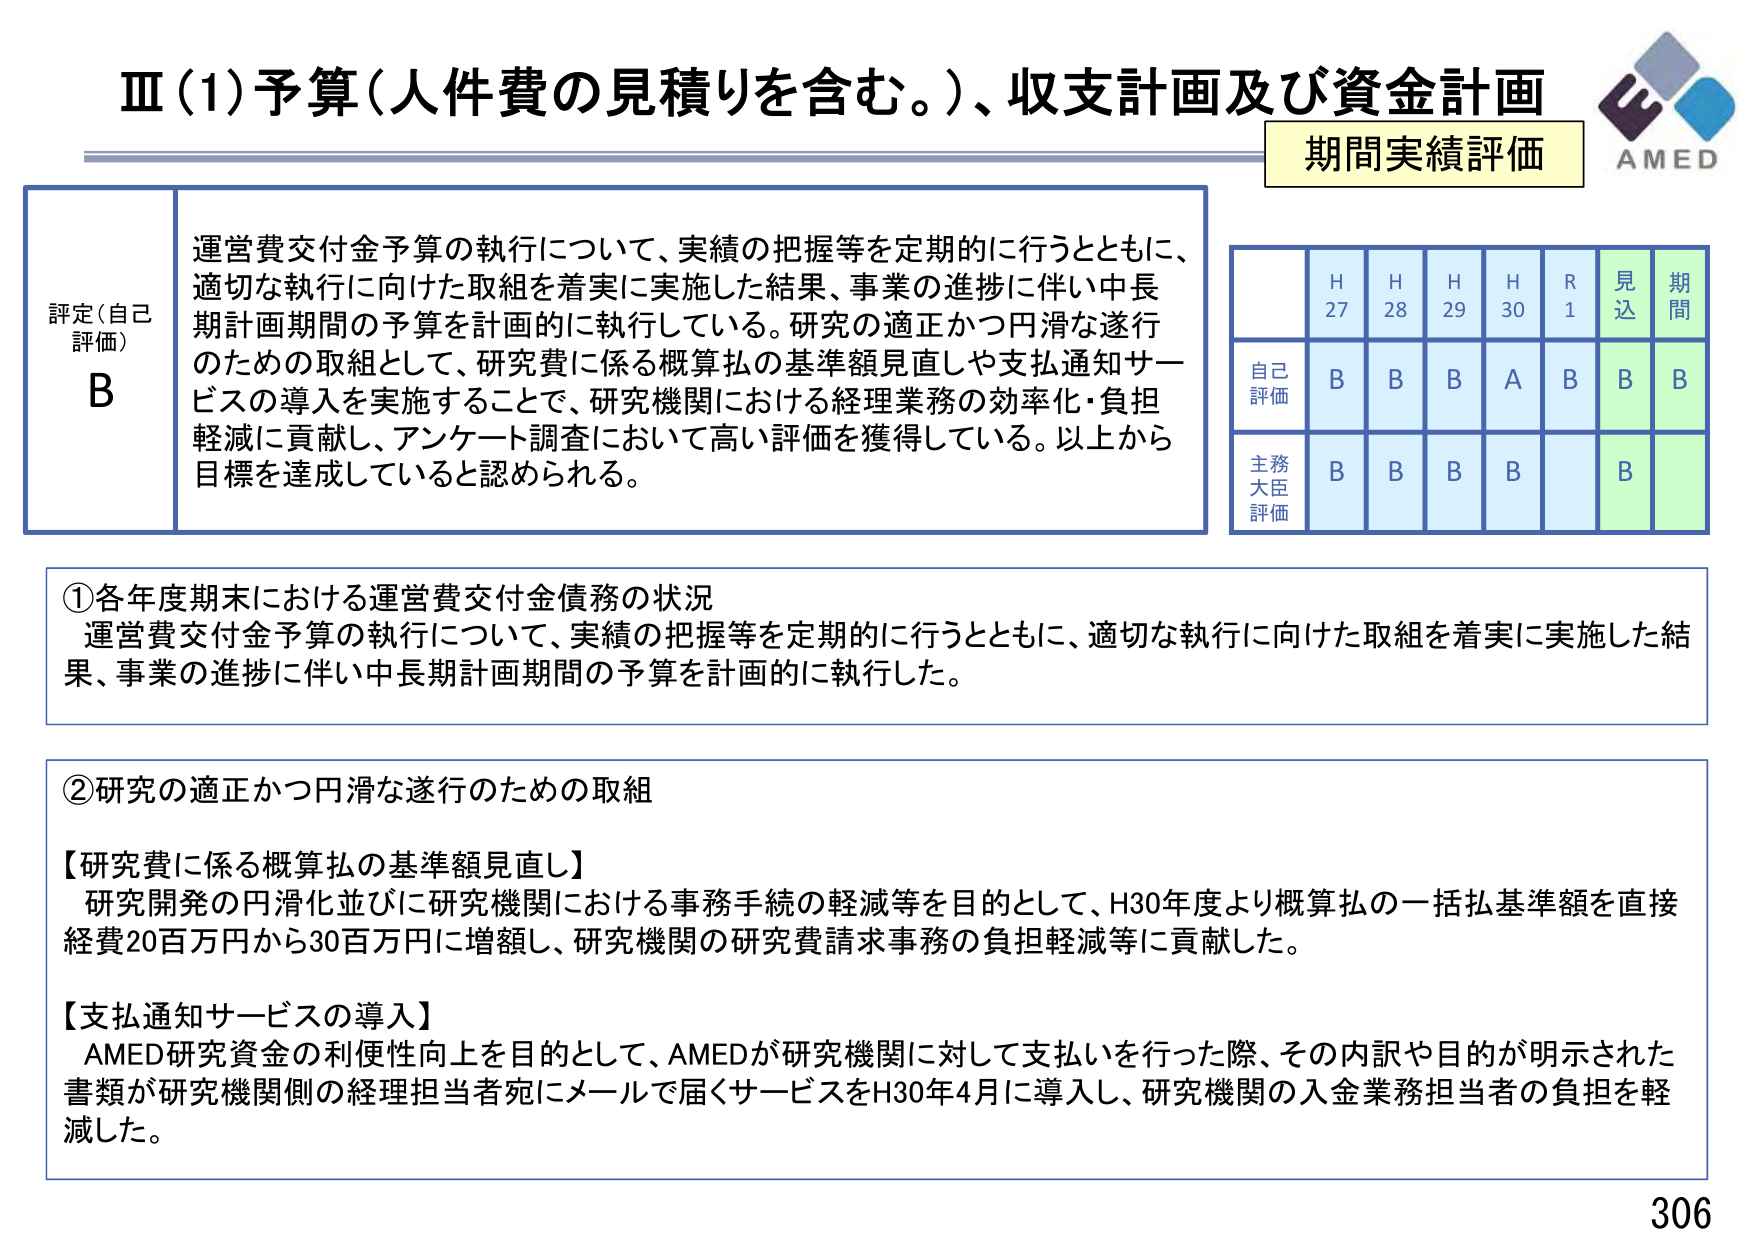
Ⅲ（1）予算（人件費の見積りを含む。）、収支計画及び資金計画
期間実績評価
AMED

評定（自己評価）
B
運営費交付金予算の執行について、実績の把握等を定期的に行うとともに、適切な執行に向けた取組を着実に実施した結果、事業の進捗に伴い中長期計画期間の予算を計画的に執行している。研究の適正かつ円滑な遂行のための取組として、研究費に係る概算払の基準額見直しや支払通知サービスの導入を実施することで、研究機関における経理業務の効率化・負担軽減に貢献し、アンケート調査において高い評価を獲得している。以上から目標を達成していると認められる。

H27　H28　H29　H30　R1　見込　期間
自己評価　B　B　B　A　B　B　B
主務大臣評価　B　B　B　B　　　B　　

①各年度期末における運営費交付金債務の状況
運営費交付金予算の執行について、実績の把握等を定期的に行うとともに、適切な執行に向けた取組を着実に実施した結果、事業の進捗に伴い中長期計画期間の予算を計画的に執行した。

②研究の適正かつ円滑な遂行のための取組
【研究費に係る概算払の基準額見直し】
研究開発の円滑化並びに研究機関における事務手続の軽減等を目的として、H30年度より概算払の一括払基準額を直接経費20百万円から30百万円に増額し、研究機関の研究費請求事務の負担軽減等に貢献した。

【支払通知サービスの導入】
AMED研究資金の利便性向上を目的として、AMEDが研究機関に対して支払いを行った際、その内訳や目的が明示された書類が研究機関側の経理担当者宛にメールで届くサービスをH30年4月に導入し、研究機関の入金業務担当者の負担を軽減した。

306